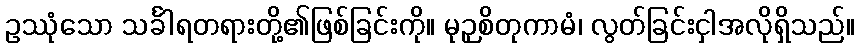
ဥဿုံသော သင်္ခါရတရားတို့၏ဖြစ်ခြင်းကို။ မုဉှစိတုကာမံ၊ လွတ်ခြင်းငှါအလိုရှိသည်။